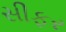
સીફર